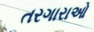
તરગારાઓ